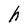
Character: h